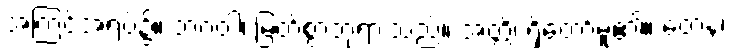
အကြင်အရပ်၌။ ဘဂဝါ၊ မြတ်စွာဘုရားသည်။ အတ္ထိ၊ ရှိတော်မူ၏။ တေန၊